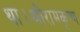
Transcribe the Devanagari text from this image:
था।श्रीरामकृष्ण